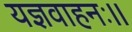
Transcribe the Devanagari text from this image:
यज्ञवाहनः।।